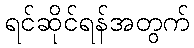
ရင်ဆိုင်ရန်အတွက်